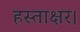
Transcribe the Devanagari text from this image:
हस्ताक्षर।